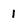
Character: 1